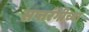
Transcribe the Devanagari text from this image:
सप्तरंगीच्या